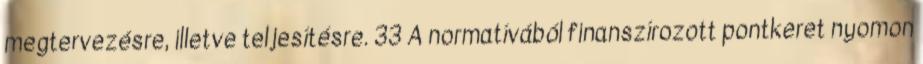
megtervezésre, illetve teljesítésre. 33 A normatívából finanszírozott pontkeret nyomon